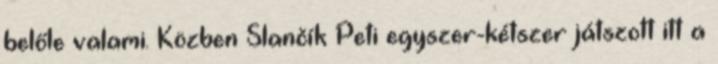
belőle valami. Közben Slančík Peti egyszer-kétszer játszott itt a